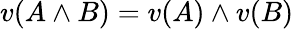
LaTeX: v(A\land B)=v(A)\land v(B)